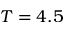
T = 4 . 5